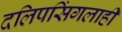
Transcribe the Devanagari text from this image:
दलिपसिंगलाही